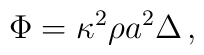
\Phi=\kappa^2\rho a^2\Delta\,,